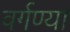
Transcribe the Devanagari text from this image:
वर्गण्या